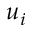
u _ { i }